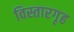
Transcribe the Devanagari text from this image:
विस्तारगृह